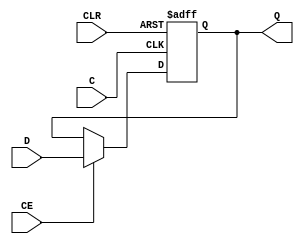
module FD16CE_HXILINX_reg9B(Q, C, CE, CLR, D);

   
   output [15:0]      Q;

   input 	      C;	
   input 	      CE;	
   input 	      CLR;	
   input  [15:0]      D;
   
   reg    [15:0]      Q;
   
   always @(posedge C or posedge CLR)
     begin
	if (CLR)
	  Q <= 16'b0000_0000_0000_0000;
	else if (CE)
          Q <= D;
     end
   
   
endmodule